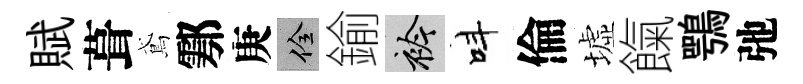
賦葺鳶鄠庚佺鍮衿呌倫墟餼鶚弛